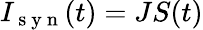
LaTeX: I_{\mathrm{~s~y~n~}}(t)=JS(t)